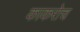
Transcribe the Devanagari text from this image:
काकरोच